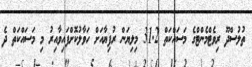
ތުލުސްދޫ ރިވެޓްމެންޓްގެ މަސައްކަތް 31.2 މިލިޔަން ރުފިޔާއަށް ހަވާލުކޮށްފައިވާއިރު މި މަސައްކަތް ދެ